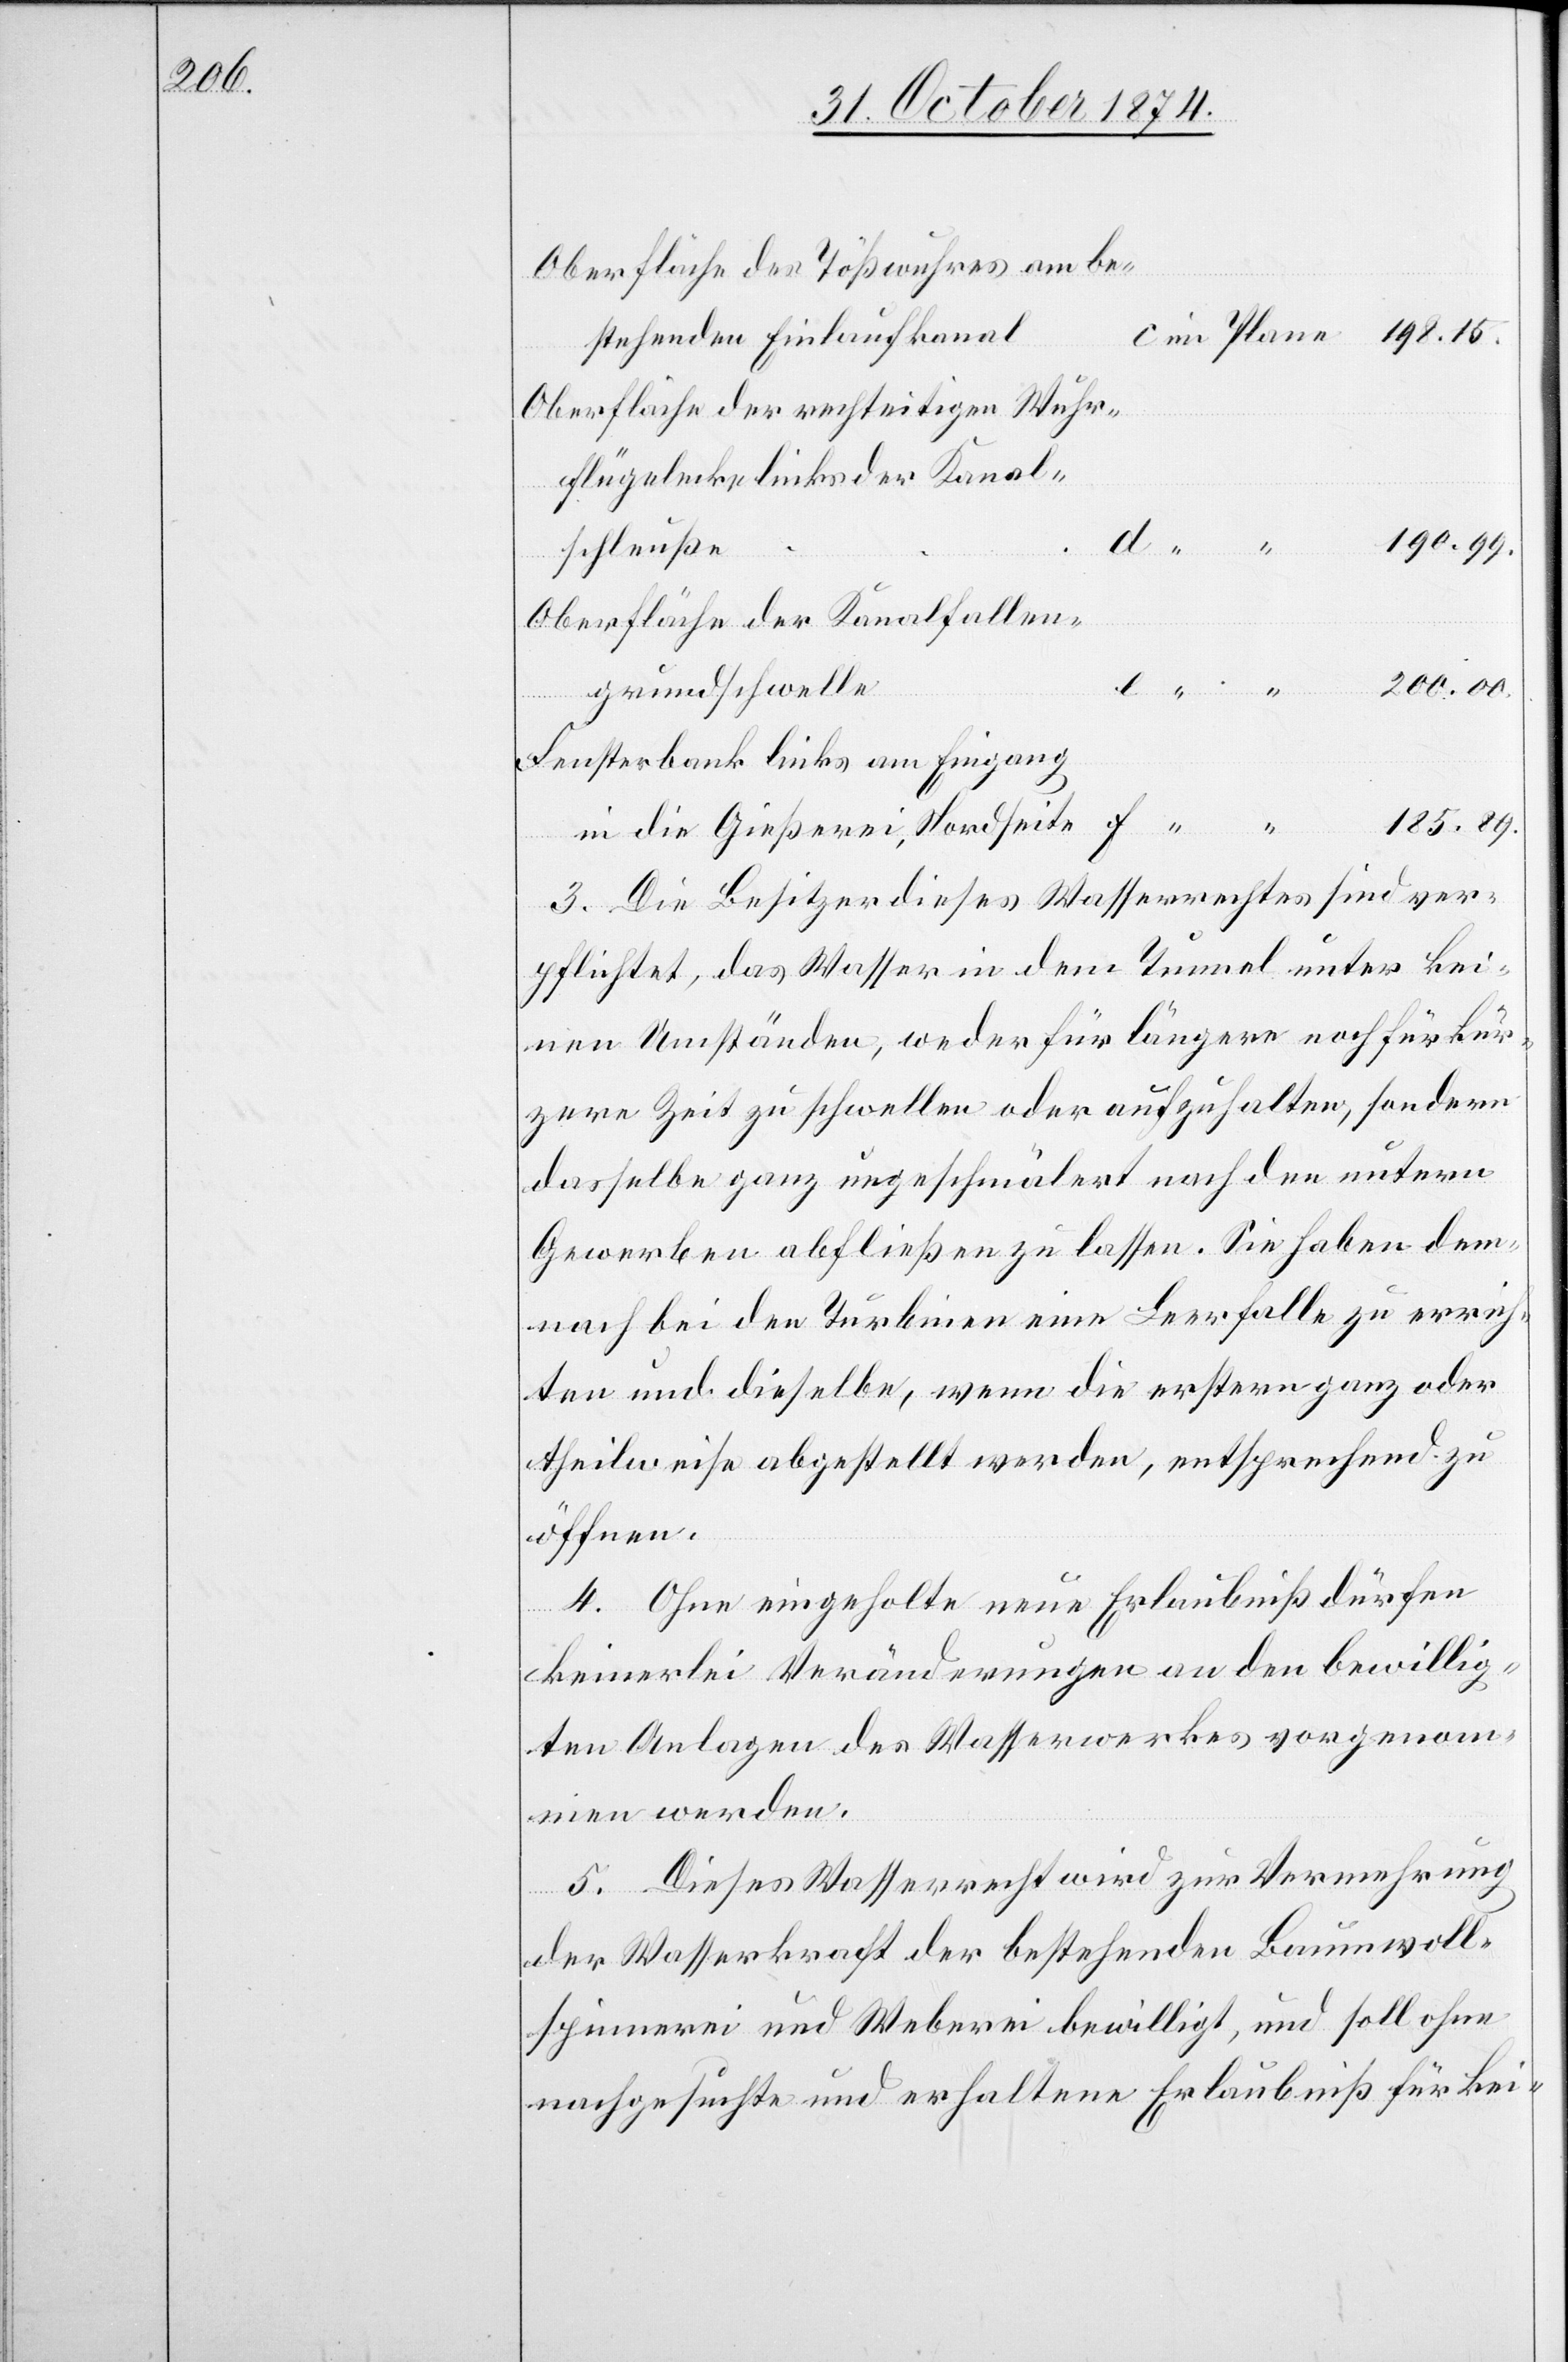
Oberfläche des Tößwuhres am be¬
stehenden Einlaufkanal
Oberfläche der rechtseitigen Wuhr¬
flügelecke links der Kanal¬
185.89.
schleuße
Oberfläche der Kanalfallen¬
grundschwelle
Fensterbank links am Eingang
3. Die Besitzer dieses Wasserrechtes sind ver¬
pflichtet, das Wasser in dem Tunnel unter kei¬
nen Umständen, weder für längere noch für kür¬
zere Zeit zu schwellen oder aufzuhalten, sondern
dasselbe ganz ungeschmälert nach den untern
Gewerben abfließen zu lassen. Sie haben dem¬
nach bei den Turbinen eine Leerfalle zu errich¬
ten und dieselbe, wenn die erstere ganz oder
theilweise abgestellt werden, entsprechend zu
öffnen.
4. Ohne eingeholte neue Erlaubniß dürfen
keinerlei Veränderungen an den bewillig¬
ten Anlagen des Wasserwerkes vorgenom¬
men werden.
5. Dieses Wasserrecht wird zur Vermehrung
der Wasserkraft der bestehenden Baumwoll¬
spinnerei und Weberei bewilligt, und soll ohne
nachgesuchte und erhaltene Erlaubniß für kei-